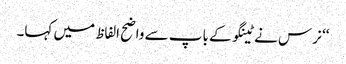
‘‘ نرس نے ٹینگو کے باپ سے واضح الفاظ میں کہا۔